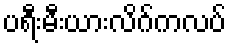
ပရီးမီးယားလိဂ်ကလပ်